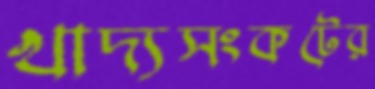
খাদ্যসংকটের